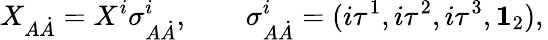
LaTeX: X_{A\dot{A}}=X^{i}\sigma_{A\dot{A}}^{i},\qquad\sigma_{A\dot{A}}^{i}=(i\tau^{1},i\tau^{2},i\tau^{3},{\mathbf 1}_{2}),\,